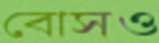
বোসও